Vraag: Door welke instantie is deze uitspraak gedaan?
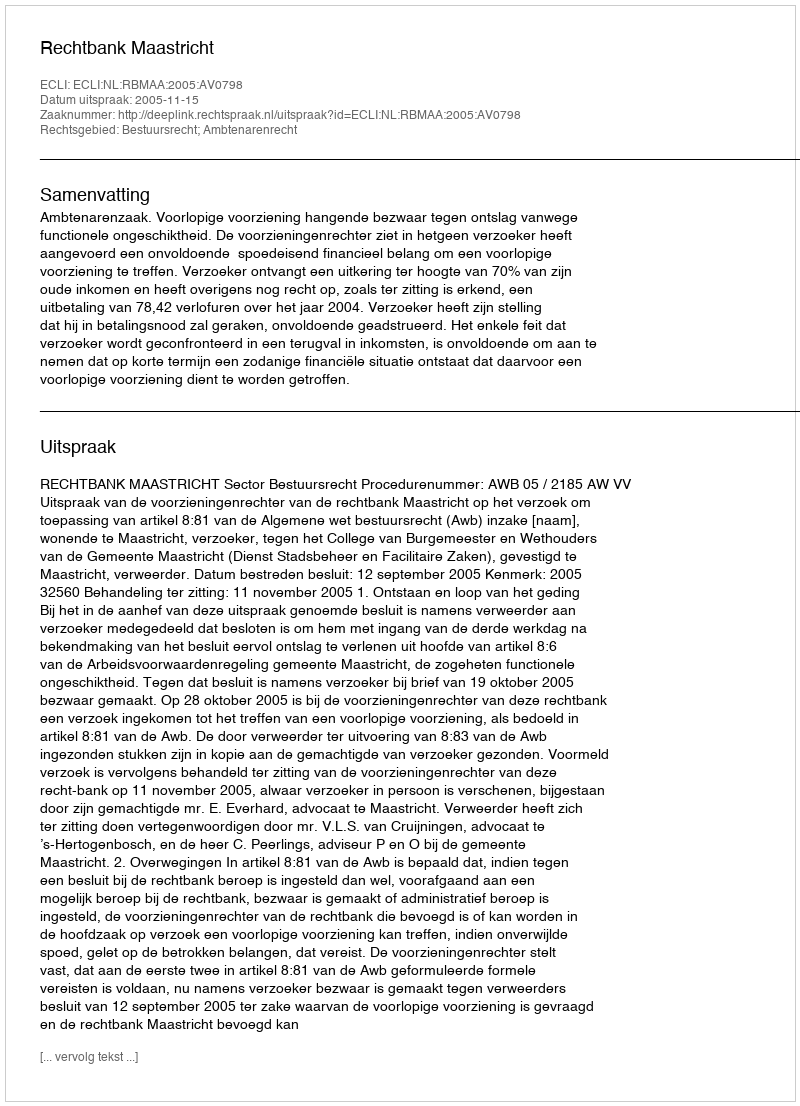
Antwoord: Rechtbank Maastricht